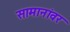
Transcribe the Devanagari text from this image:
सामानांवर